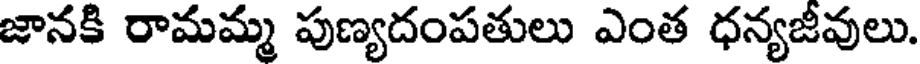
జానకి రామమ్మ పుణ్యదంపతులు ఎంత ధన్యజీవులు.